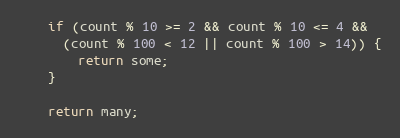
Language: JavaScript
    if (count % 10 >= 2 && count % 10 <= 4 &&
      (count % 100 < 12 || count % 100 > 14)) {
        return some;
    }

    return many;